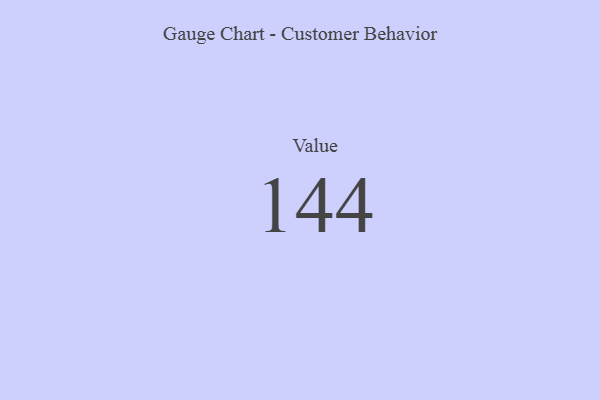
{"axis": {"x": "Metric", "y": "Value"}, "legend": [""], "data": [{"x": "Value", "y": 144, "type": ""}]}